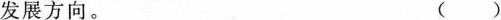
发展方向。 ()